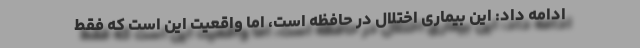
ادامه داد: این بیماری اختلال در حافظه است، اما واقعیت این است که فقط